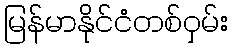
မြန်မာနိုင်ငံတစ်ဝှမ်း